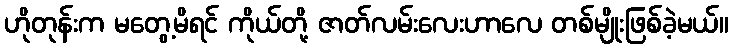
ဟိုတုန်းက မတွေ့မိရင် ကိုယ်တို့ ဇာတ်လမ်းလေးဟာလေ တစ်မျိုးဖြစ်ခဲ့မယ်။